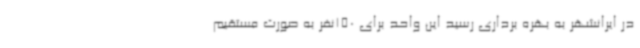
در ایرانشهر به بهره برداری رسید این واحد برای 150نفر به صورت مستقیم